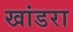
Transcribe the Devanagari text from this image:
खांडरा